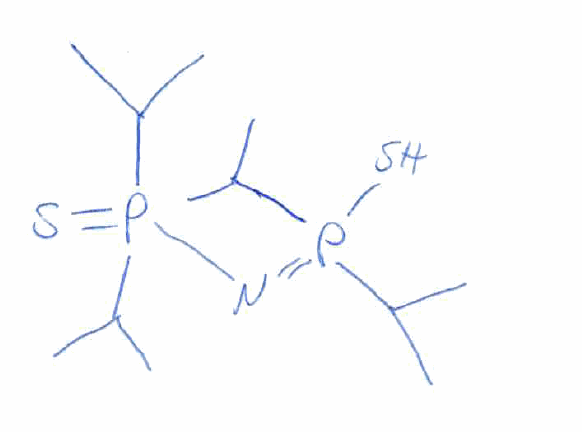
Simplified molecular-input line-entry system (SMILES) notation of the given molecule:
CC(C)P(=NP(=S)(C(C)C)C(C)C)(C(C)C)S